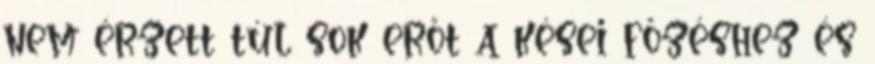
nem érzett túl sok erőt a kései főzéshez és